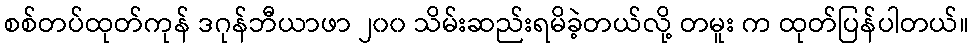
စစ်တပ်ထုတ်ကုန် ဒဂုန်ဘီယာဖာ ၂၀၀ သိမ်းဆည်းရမိခဲ့တယ်လို့ တမူး က ထုတ်ပြန်ပါတယ်။